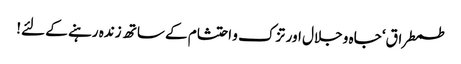
طمطراق‘ جاہ و جلال اور تزک و احتشام کے ساتھ زندہ رہنے کے لئے!